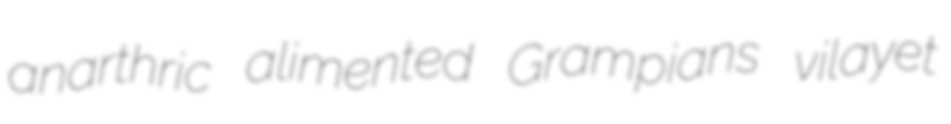
anarthric alimented Grampians vilayet